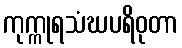
ကုက္ကုရသံဃပရိဝုတာ